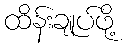
ထိန်းချုပ်ဖို့